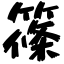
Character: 篠